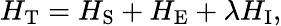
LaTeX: H_{\mathrm{T}}=H_{\mathrm{S}}+H_{\mathrm{E}}+\lambda H_{\mathrm{I}},